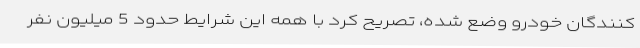
کنندگان خودرو وضع شده، تصریح کرد با همه این شرایط حدود 5 میلیون نفر